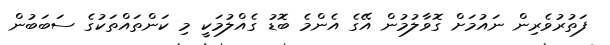
ފަތުރުވެރިން ނައުމަށް ގޮވާލުމުން އޭގެ އެންމެ ބޮޑު ގެެއްލުމަކީ މި ކަންތައްތަކުގެ ސަބަބުން